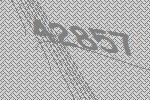
42857